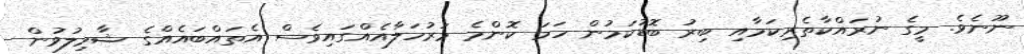
ނޫނެވެ. މީގެ ނުރައްކާތެރިކަމާއި ބިރު ބޮޑުކަމުން ހަމަ ކޮންމެ މަރުހަލާއެއްގައިވެސް އެތައްބައެއްގެ ޝާމިލުވުން